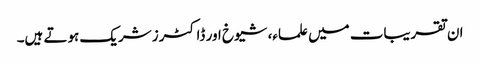
ان تقریبات میں علماء، شیوخ اور ڈاکٹرز شریک ہوتے ہیں۔